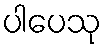
ပါပေသု